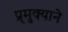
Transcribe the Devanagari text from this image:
प्र्मुक्याने